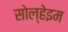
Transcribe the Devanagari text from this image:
सोल्हेइम